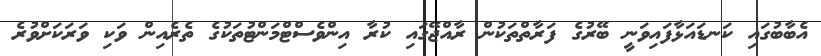
އެބާބުގައި ކަނޑައަޅާފައިވަނީ ބޭރުގެ ފަރާތްތަކުން ރާއްޖޭގައި ކުރާ އިންވެސްޓްމަންޓުތަކުގެ ތެރެއިން ވަކި ވަރަކަށްވުރެ